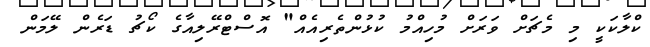
ކްލާކަކީ މި މެޗަށް ވަރަށް މުހިއްމު ކުޅުންތެރިއެއް" އޮސްޓްރޭލިއާގެ ކޯޗު ޑަރެން ލޭމަން